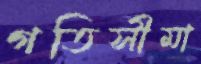
গতিসীমা